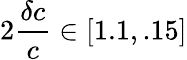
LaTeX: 2\frac{\delta c}{c}\in[1.1,.15]